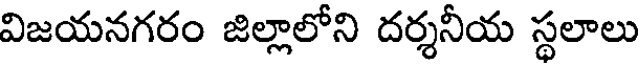
విజయనగరం జిల్లాలోని దర్శనీయ స్థలాలు